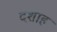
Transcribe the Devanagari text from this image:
दशाह